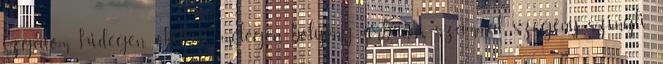
izgalom, hidegen, okítani, melegen, bolyong, urbánus, számmal, szegény, szingli,